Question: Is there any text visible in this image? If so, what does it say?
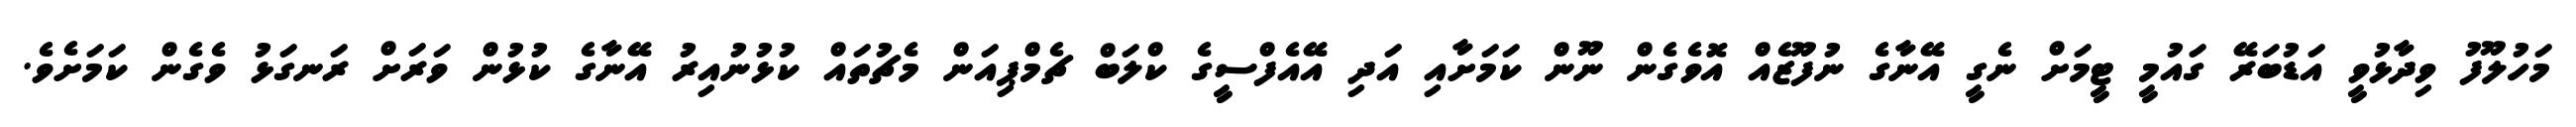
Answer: މަހުލޫފު ވިދާޅުވީ އަޑުބަރޭ ގައުމީ ޓީމަށް ނެގީ އޭނާގެ ނުފޫޒެއް އޮވެގެން ނޫން ކަމަށާއި އަދި އޭއެފްސީގެ ކްލަބް ޗެމްޕިއަން މެޗުތައް ކުޅުނުއިރު އޭނާގެ ކުޅުން ވަރަށް ރަނގަޅު ވެގެން ކަމަށެވެ.